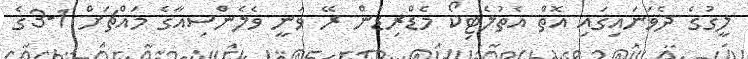
ލީގުގެ ދެވަނައިގައި އޮތް އެތުލެޓިކޯ މެޑްރިޑުން ރޭ ވަނީ ވެލެންސިއާގެ މައްޗަށް 1-3ގެ